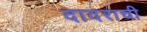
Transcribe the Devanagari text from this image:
दादराची